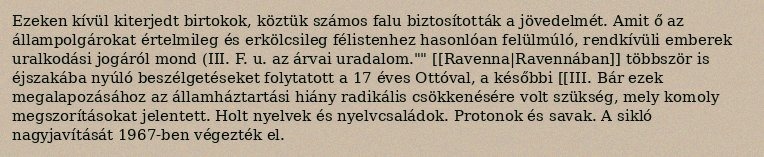
Ezeken kívül kiterjedt birtokok, köztük számos falu biztosították a jövedelmét. Amit ő az állampolgárokat értelmileg és erkölcsileg félistenhez hasonlóan felülmúló, rendkívüli emberek uralkodási jogáról mond (III. F. u. az árvai uradalom."" [[Ravenna|Ravennában]] többször is éjszakába nyúló beszélgetéseket folytatott a 17 éves Ottóval, a későbbi [[III. Bár ezek megalapozásához az államháztartási hiány radikális csökkenésére volt szükség, mely komoly megszorításokat jelentett. Holt nyelvek és nyelvcsaládok. Protonok és savak. A sikló nagyjavítását 1967-ben végezték el.